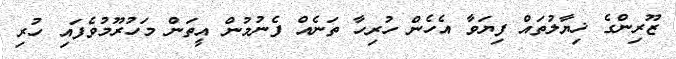
ޒޫރިންގެ ޚިޔާލުތައް ފިޔަވާ އެހެން ހުރިހާ ތަނެއް ފެނުމުން އީތަން މަހުރޫމުވެފައި ހުރި